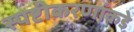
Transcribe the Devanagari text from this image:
स्पष्टीकरणांकडे